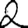
Digit: 2